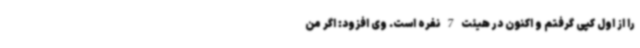
را از اول کپی گرفتم و اکنون در هیئت 7 نفره است. وی افزود: اگر من